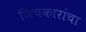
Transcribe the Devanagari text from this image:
जिचकारांचा